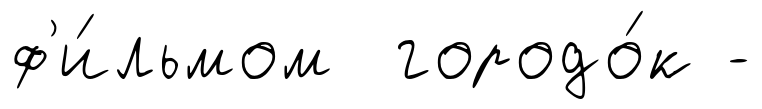
ф'и́льмом городо́к -